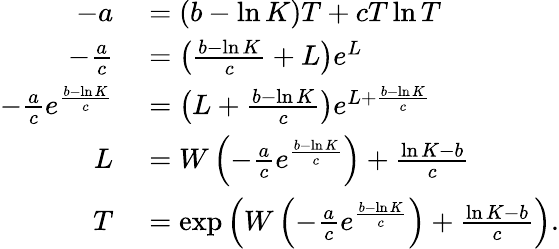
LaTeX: \begin{array}{rl}{-a}&{{}=(b-\ln K)T+cT\ln T}\\ {-{\frac{a}{c}}}&{{}=\left({\frac{b-\ln K}{c}}+L\right)e^{L}}\\ {-{\frac{a}{c}}e^{\frac{b-\ln K}{c}}}&{{}=\left(L+{\frac{b-\ln K}{c}}\right)e^{L+{\frac{b-\ln K}{c}}}}\\ {L}&{{}=W\left(-{\frac{a}{c}}e^{\frac{b-\ln K}{c}}\right)+{\frac{\ln K-b}{c}}}\\ {T}&{{}=\exp\left(W\left(-{\frac{a}{c}}e^{\frac{b-\ln K}{c}}\right)+{\frac{\ln K-b}{c}}\right).}\end{array}